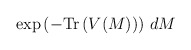
\begin{align*}\exp\left(-{\rm Tr}\left(V(M)\right)\right)\, dM\end{align*}